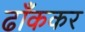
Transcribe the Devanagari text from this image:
ढाँककर